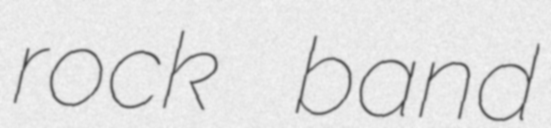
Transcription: rock band